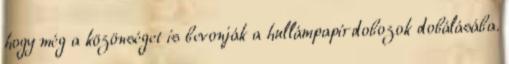
hogy még a közönséget is bevonják a hullámpapírdobozok dobálásába.